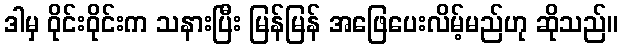
ဒါမှ ဝိုင်းဝိုင်းက သနားပြီး မြန်မြန် အဖြေပေးလိမ့်မည်ဟု ဆိုသည်။